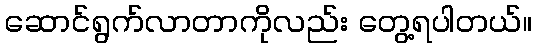
ဆောင်ရွက်လာတာကိုလည်း တွေ့ရပါတယ်။